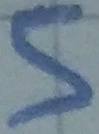
Text: 5